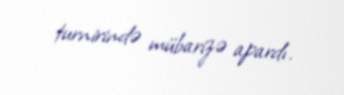
turnirində mübarizə apardı.